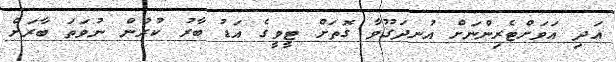
އަދި އަވަށްޓެރިންނަށް އުނދަގޫވާ ގޮތަށް ޓީވީގެ އަޑު ބާރު ކުރުން ނުވަތަ ބާރަށް